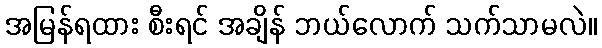
အမြန်ရထား စီးရင် အချိန် ဘယ်လောက် သက်သာမလဲ။